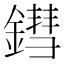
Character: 鏏